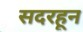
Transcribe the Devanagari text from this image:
सदरहून